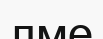
лме